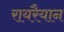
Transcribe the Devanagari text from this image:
रायरैयान